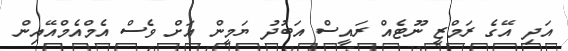
އަދި އޭގެ ރަމްޒީ ނޫޓެއް ރައީސް އަބުދު ޔަމީން އަށް ވެސް އެމްއެމްއޭއިން